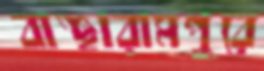
বাঞ্ছারামপুরে